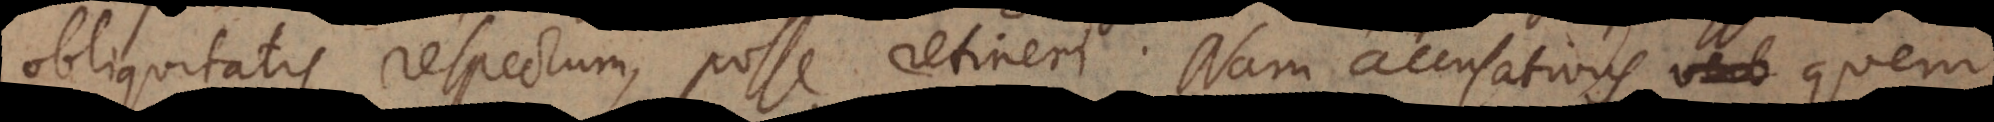
obliquitatis respectum, posse retineri. Nam accusativus quem